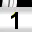
Digit: 1